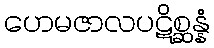
ဟေမဇာလပဋိစ္ဆန္နံ